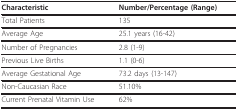
<table><thead><tr><td><b>Characteristic</b></td><td><b>Number/Percentage (Range)</b></td></tr></thead><tbody><tr><td>Total Patients</td><td>135</td></tr><tr><td>Average Age</td><td>25.1 years (16-42)</td></tr><tr><td>Number of Pregnancies</td><td>2.8 (1-9)</td></tr><tr><td>Previous Live Births</td><td>1.1 (0-6)</td></tr><tr><td>Average Gestational Age</td><td>73.2 days (13-147)</td></tr><tr><td>Non-Caucasian Race</td><td>51.10%</td></tr><tr><td>Current Prenatal Vitamin Use</td><td>62%</td></tr></tbody></table>